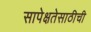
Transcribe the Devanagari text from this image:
सापेक्षतेसाठीची